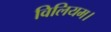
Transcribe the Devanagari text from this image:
विलियम।